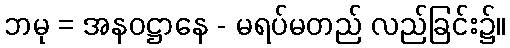
ဘမု = အနဝဋ္ဌာနေ - မရပ်မတည် လည်ခြင်း၌။